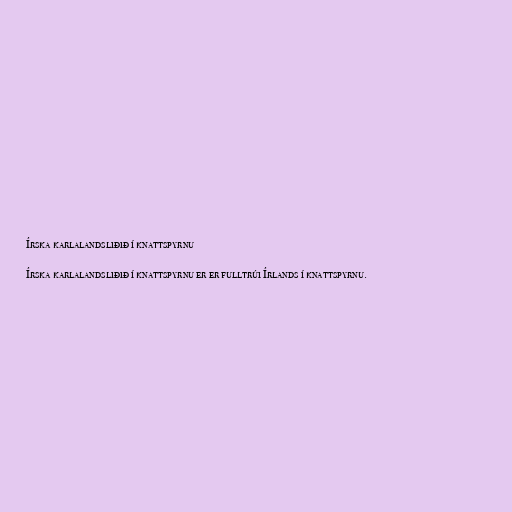
Írska karlalandsliðið í knattspyrnu

Írska karlalandsliðið í knattspyrnu er er fulltrúi Írlands í knattspyrnu.